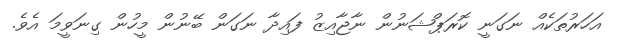
އަހަރުތަކެއް ނަގަނީ ކޮރަޕްޝަނުން ނާޖާއިޒު ފައިދާ ނަގަން ބޭނުން މީހުން ގިނަވީމަ އެވެ.